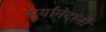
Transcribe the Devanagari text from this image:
सूर्यानंदांनी